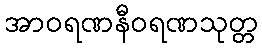
အာဝရဏနီဝရဏသုတ္တ